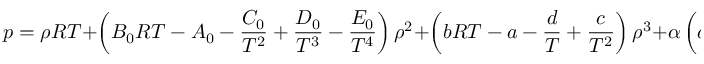
p = \rho R T + \left( B _ { 0 } R T - A _ { 0 } - { \frac { C _ { 0 } } { T ^ { 2 } } } + { \frac { D _ { 0 } } { T ^ { 3 } } } - { \frac { E _ { 0 } } { T ^ { 4 } } } \right) \rho ^ { 2 } + \left( b R T - a - { \frac { d } { T } } + { \frac { c } { T ^ { 2 } } } \right) \rho ^ { 3 } + \alpha \left( a + { \frac { d } { T } } \right) \rho ^ { 6 }